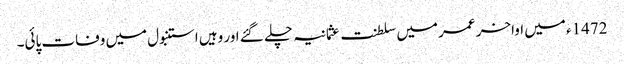
1472ء میں اواخر عمر میں سلطنت عثمانیہ چلے گئے اور وہیں استنبول میں وفات پائی۔